Lunatic asylums Bombay report 1891-1903 - 1891-1903
Year: 1891
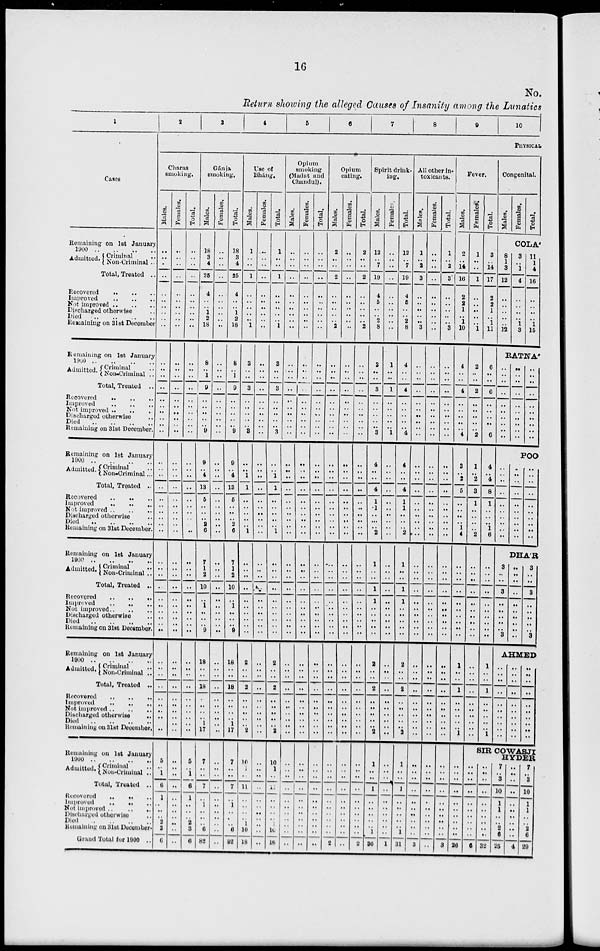
16
No.
Return showing the alleged Causes of Insanity among the Lunatics
1
Cases
Remaining on 1st January
1900 .. .. .. ..
Admitted. Criminal ..
Non-Criminal ..
Total, Treated ..
Recovered .. .. ..
Improved .. .. ..
Not improved .. .. ..
Discharged otherwise ..
Died .. .. .. ..
Remaining on 31st December
Remaining on 1st January
1900 .. .. .. ..
Admitted. Criminal ..
Non-Criminal ..
Total, Treated ..
Recovered .. .. ..
Improved .. .. ..
Not improved .. .. ..
Discharged otherwise ..
Died .. .. .. ..
Remaining on 31st December.
Remaining on 1st January
1900 .. .. .. ..
Admitted. Criminal ..
Non-Criminal ...
Total, Treated ..
Recovered
..
..
..
Improved .. .. ..
Not improved .. .. ..
Discharged otherwise ..
Died .. .. .. ..
Remaining on 31st December.
Remaining on 1st January
1990 .. .. .. ..
Admitted. Criminal ..
Non-Criminal ..
Total, Treated ..
Recovered .. .. ..
Improved .. .. ..
Not improved .. .. ..
Discharged otherwise ..
Died .. .. .. ..
Remaining on 31st December.
Remaining on 1st January
1900
..
..
..
..
Admitted. Criminal ..
Not-Criminal ..
Total, Treated ..
Recovered .. .. ..
Improved .. .. ..
Not improved .. .. ..
Discharged otherwise
..
Died .. .. .. ..
Remaining on 31st December.
Remaining on 1st January
1900
..
..
..
..
Admitted. Criminal
Non-Criminal ..
Total, Treated ..
Recovered
.. .. ..
Improved
..
..
..
Not improved ..
..
..
Discharged otherwise ..
Died .. .. .. ..
Remaining on 31st December.
Grand Total for 1900 ..
2
3
4
5
6
7
8
9
10
PHYSICAL
Charas
smoking.
Males.
..
..
..
..
..
..
..
..
..
..
..
..
..
..
..
..
..
..
..
..
..
..
..
..
..
..
..
..
..
..
..
..
..
..
..
..
..
..
..
..
..
..
..
..
..
..
..
..
..
..
5
..
1
6
1
..
..
..
2
3
6
Females.
..
..
..
..
..
..
..
..
..
. .
..
..
..
..
..
..
..
..
..
..
..
..
..
..
..
..
..
..
..
..
..
..
..
..
..
..
..
..
..
..
..
..
..
..
..
. .
..
..
..
..
..
..
..
..
..
..
..
..
..
..
..
Total.
..
..
..
..
..
..
..
..
..
..
..
..
..
..
..
..
..
..
..
..
..
..
..
..
..
..
..
..
..
..
..
..
..
..
..
..
..
..
..
..
..
..
..
..
..
..
..
..
..
..
5
..
1
6
1
..
..
..
2
3
6
Gánja
smoking.
Males.
18
3
4
25
4
..
..
1
2
18
8
..
1
9
..
..
..
..
..
9
9
..
4
13
5
..
..
..
2
6
7
1
2
10
..
1
..
..
..
9
18
..
..
18
..
..
..
..
1
17
7
..
..
7
..
1
..
..
..
6
82
Females.
..
..
..
..
..
..
..
..
..
..
..
..
..
..
..
..
..
..
..
..
..
..
..
..
..
..
..
..
..
..
..
..
..
..
..
..
..
..
..
. .
..
..
..
..
..
..
..
..
..
..
..
..
..
..
..
..
..
..
..
..
..
Total.
18
3
4
25
4
..
..
1
2
18
8
..
1
9
..
..
..
..
..
9
9
..
4
13
5
..
..
..
2
6
7
1
2
10
..
1
..
..
..
9
18
..
..
18
..
..
..
..
1
17
7
..
..
7
..
1
..
..
..
6
82
Use of
Bháng.
Males.
1
..
..
1
..
..
..
..
.. 1
3
..
..
3
..
..
..
..
..
3
..
..
1
1
..
..
..
..
..
1
..
..
..
..
..
..
..
..
..
..
2
..
..
2
..
..
..
..
..
2
10
..
..
11
..
..
..
..
1
10
18
Females.
..
..
..
..
..
..
..
..
..
. .
..
..
..
..
..
..
..
..
..
..
..
..
..
..
..
..
..
..
..
..
..
..
..
..
..
..
..
..
..
..
..
..
..
..
..
..
..
..
..
..
..
..
..
. .
..
. .
..
..
..
. .
. .
Total.
1
..
..
1
..
..
..
..
.. 1
8
..
..
3
..
..
..
..
..
3
..
..
1
1
..
..
..
..
..
1
..
..
..
..
..
..
..
..
..
..
2
..
..
2
..
..
..
..
..
2
10
1
..
..
..
..
..
..
1
10
18
Opium
smoking
(Madat and
Chandul).
Males.
..
..
..
..
..
..
..
..
..
..
..
..
..
..
..
..
..
..
..
..
..
..
..
..
..
..
..
..
..
..
..
..
..
..
..
..
..
..
..
..
..
..
..
..
..
..
..
..
..
..
..
..
..
..
..
..
..
..
..
..
..
..
..
Females.
..
..
..
..
..
..
..
..
..
..
..
..
..
..
..
..
..
..
..
..
..
..
..
..
..
..
..
..
..
..
..
..
..
..
..
..
..
..
..
..
..
..
..
..
..
..
..
..
..
..
..
..
..
..
..
..
..
..
..
..
..
..
..
Total.
..
..
..
..
..
..
..
..
..
..
..
..
..
..
..
..
..
..
..
..
..
..
..
..
..
..
..
..
..
..
..
..
..
..
..
..
..
..
..
..
..
..
..
..
..
..
..
..
..
..
..
..
..
..
..
..
..
..
..
..
..
..
..
Opium
eating.
Males.
2
..
..
2
..
..
..
..
.. 2
..
..
..
..
..
..
..
..
..
..
..
..
..
..
..
..
..
..
..
..
..
..
..
..
..
..
..
..
..
..
..
..
..
..
..
..
..
..
..
..
..
..
..
..
..
..
..
..
..
..
..
..
2
Females.
..
..
..
..
..
..
..
..
..
..
..
..
..
..
..
..
..
..
..
..
..
..
..
..
..
..
..
..
..
..
..
..
..
..
..
..
..
..
..
..
..
..
..
..
..
..
..
..
..
..
..
..
..
..
..
..
..
..
..
..
..
..
..
Total.
2
..
..
2
..
..
..
..
.. 2
..
..
..
..
..
..
..
..
..
..
..
..
..
..
..
..
..
..
..
..
..
..
..
..
..
..
..
..
..
..
..
..
..
..
..
..
..
..
..
..
..
..
..
..
..
..
..
..
..
..
..
..
2
Spirit drink-
ing.
Males.
12
..
7
19
4
5
..
..
2 8
3
..
..
3
..
..
..
..
..
3
4
..
..
4
1
..
..
..
..
2
1
..
..
1
1
..
..
..
..
..
..
2
..
..
2
..
..
..
..
..
2
..
1
..
..
1
..
..
..
..
..
1
30
Female.
..
..
..
..
..
..
..
..
..
..
1
..
..
1
..
..
..
..
..
1
..
..
..
..
..
..
..
..
..
..
..
..
..
..
..
..
..
..
..
..
..
..
..
..
..
..
..
..
..
..
..
..
..
..
..
..
..
..
..
..
..
..
1
Total.
12
..
7
19
4
5
..
..
2
8
4
..
..
4
..
..
..
..
..
4
4
..
..
4
1
1
..
..
..
2
1
..
..
1
1
..
..
..
..
..
..
2
..
..
2
..
..
..
..
..
2
..
1
..
..
1
..
..
..
..
..
1
31
All other in-
toxicants.
Males.
1
..
2
3
..
..
..
..
.. 3
..
..
..
..
..
..
..
..
..
..
..
..
..
..
..
..
..
..
..
...
..
..
..
..
..
..
..
..
..
..
..
..
..
..
..
..
..
..
..
..
..
..
..
..
..
..
..
..
..
..
..
..
3
Females.
..
..
..
..
..
..
..
..
..
..
..
..
..
..
..
..
..
..
..
..
..
..
..
..
..
..
..
..
..
..
..
..
..
..
..
..
..
..
..
..
..
..
..
..
..
..
..
..
..
..
..
..
..
..
..
..
..
..
..
..
..
..
..
Total.
1
..
2
3
..
..
..
..
.. 3
..
..
..
..
..
..
..
..
..
..
..
..
..
..
..
..
..
..
..
..
..
..
..
..
..
..
..
..
..
..
..
..
..
..
..
..
..
..
..
..
..
..
..
..
..
..
..
..
..
..
..
..
3
Fever.
Males.
2
..
14
16
2
2
1
..
1
10
4
..
..
4
..
..
..
..
..
4
3
..
2
5
..
..
..
..
1
4
..
..
..
..
..
..
..
..
..
..
..
1
..
..
1
..
..
..
..
..
1
..
..
..
..
..
..
..
..
..
..
..
26
Females.
1
..
..
1
..
..
..
..
..
1
2
..
. .
2
..
..
..
..
..
2
1
..
2
3
1
..
..
..
..
2
..
..
..
..
..
..
..
..
..
..
..
..
..
..
..
..
..
..
..
..
..
Total.
3
..
14
17
2
2
1
..
1
11
6
..
..
6
..
..
..
..
..
6
4
..
4
8
1
..
..
..
1
6
..
..
..
..
..
..
..
..
..
..
..
1
..
..
1
..
..
..
..
..
1
Congenital.
Males.
Females.
Total.
COLA'
8
1
3
12
..
..
..
..
..
12
3
..
1
4
..
..
..
..
1
3
11
1
4
16
..
..
..
..
1
15
RATNA'
..
..
..
..
..
..
..
..
..
..
..
..
..
..
..
..
..
..
..
..
..
..
..
..
..
..
..
..
..
..
..
..
..
..
..
..
..
..
..
..
POO
..
..
..
..
..
..
..
..
..
..
..
..
..
..
..
..
..
..
..
..
DHA'R
3
..
..
3
..
..
..
..
..
3
..
..
..
..
..
..
..
..
..
..
3
..
..
3
..
..
..
..
..
3
AHMED
..
..
..
..
..
..
..
..
..
..
..
..
..
..
..
..
..
..
..
..
..
..
..
..
..
..
..
..
..
..
SIR COWASJI
HYDER
..
..
..
..
..
..
..
..
..
..
6
..
..
..
..
..
..
..
..
..
..
32
7
..
3
10
1
1
..
..
2
6
25
..
..
..
..
..
..
..
..
..
..
4
7
..
3
10
1
1
..
..
2
6
29